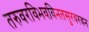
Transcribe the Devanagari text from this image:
तरुवरविभवविनतसुरवरवन